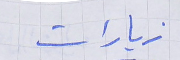
زيارات